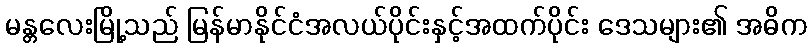
မန္တလေးမြို့သည် မြန်မာနိုင်ငံအလယ်ပိုင်းနှင့်အထက်ပိုင်း ဒေသများ၏ အဓိက